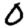
Digit: 0